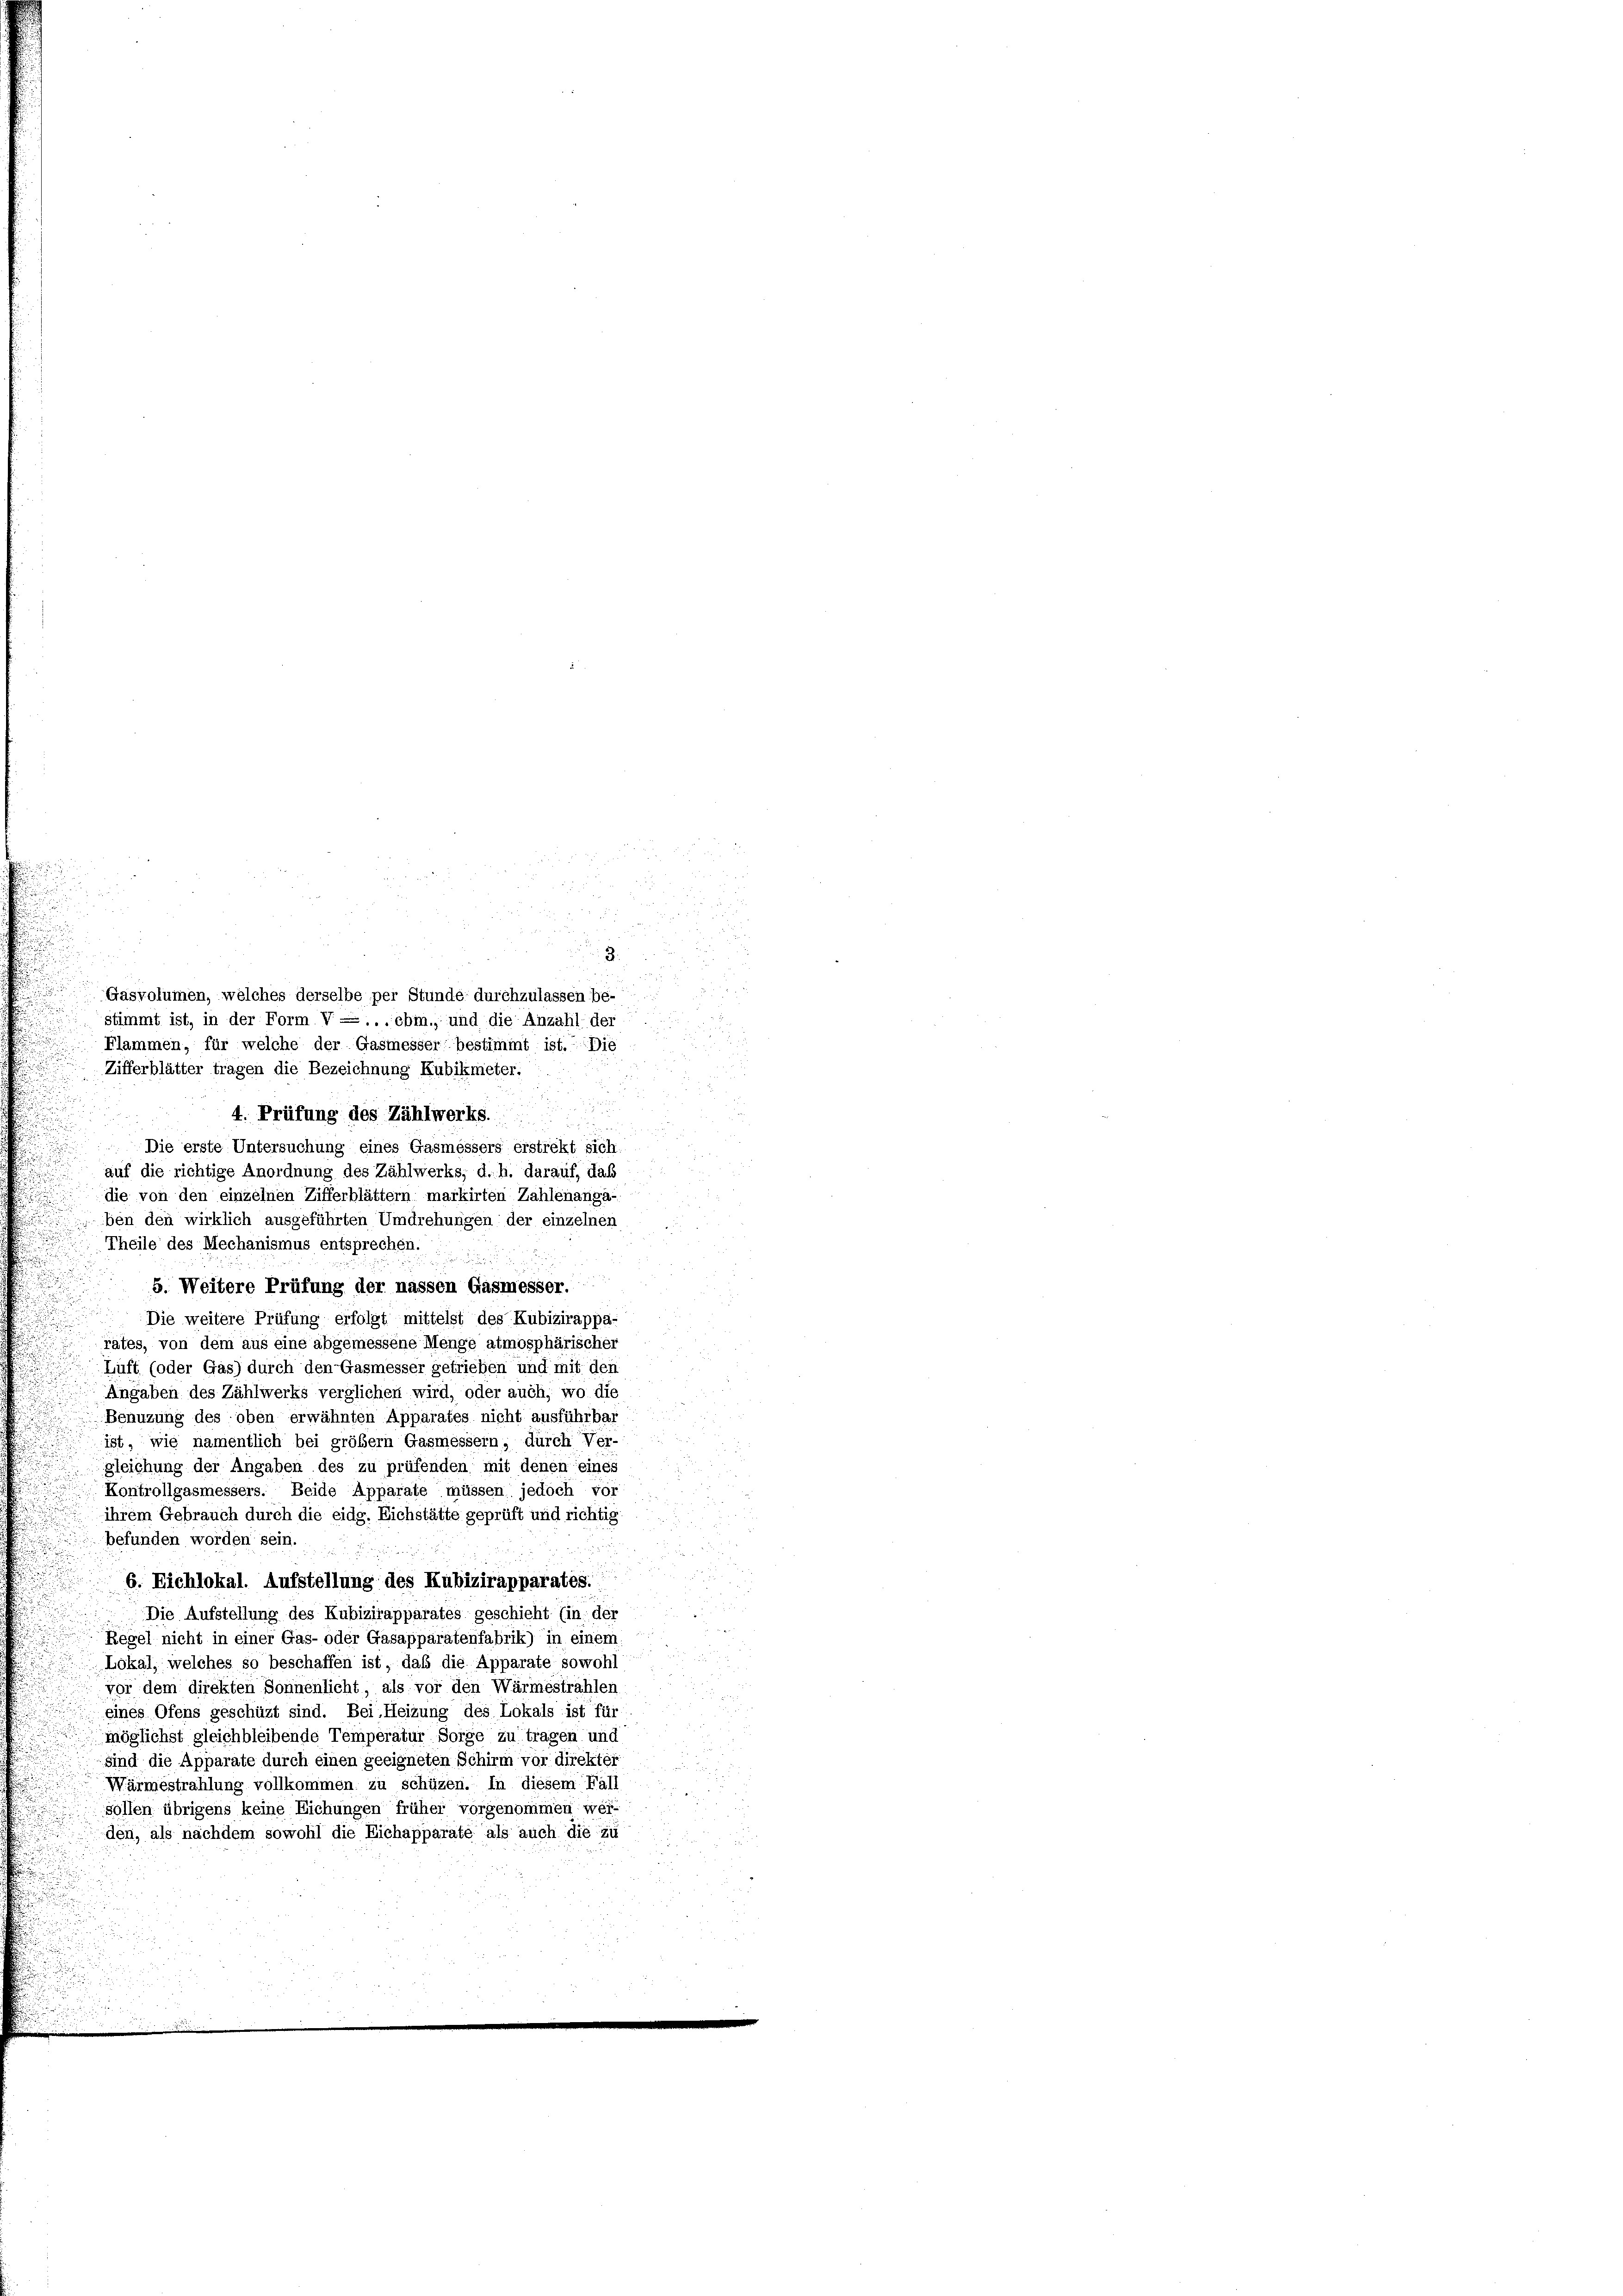
2.
Gasvolumen, welches derselbe per Stunde durchzulassen be-
Stimmt ist, in der Form V-...ebm., und die Anzahl der
Flammen, für welche der Gasmesser bestimmt ist. Die
Zifferblätter tragen die Bezeichnung Kubikmeter.
4. Prüfung des Zählwerks.
Die erste Untersuchung eines Gasmessers erstrekt sich.
auf die richtige Anordnung des Zählwerks, d. h. darauf, daß
die von den einzelnen Zifferblättern markirten Zahlenanga-
ben den wirklich ausgeführten Umdrehungen der einzelnen
Theile des Mechanismus entsprechen.

5. Weitere Prüfung der nassen Gasmesser.
Die weitere Prüfung erfolgt mittelst des Kubizirappa-
rates, von dem aus eine abgemessene Menge atmosphärischer
Luft (oder Gas) durch den Gasmesser getrieben und mit den
Angaben des Zählwerks verglichen wird, oder auch, wo die
Benuzung des oben erwähnten Apparates nicht ausführbar
ist, wie namentlich bei großem Gasmessern, durch Ver-
gleichung der Angaben des zu prüfenden mit denen eines
Kontrollgasmessers. Beide Apparate müssen jedoch vor
ihrem Gebrauch durch die eidg. Eichstätte geprüft und richtig
befunden worden sein.
.

6. Eichlokal. Aufstellung des Kubizirapparates.
Die Aufstellung des Kubizirapparates geschieht (in der
Regel nicht in einer Gas- oder Gasapparatenfabrik) in einem
Lokal, welches so beschaffen ist, daß die Apparate sowohl
vor dem direkten Sonnenlicht, als vor den Wärmestrahlen
eines Ofens geschüzt sind. Bei Heizung des Lokals ist für
möglichst gleichbleibende Temperatur Sorge zu tragen und
sind die Apparate durch einen geeigneten Schirm vor direktor
Wärmestrahlung vollkommen zu schüzen. In diesem Fall
sollen übrigens keine Eichungen früher vorgenommen wer-
den, als nachdem sowohl die Eichapparate als auch die zu